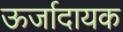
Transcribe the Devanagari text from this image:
ऊर्जादायक